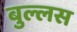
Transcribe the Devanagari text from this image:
बुल्लस